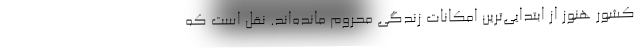
کشور هنوز از ابتدایی‌ترین امکانات زندگی محروم مانده‌اند. نقل است که